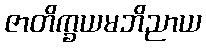
ဇာတိက္ခယမဘိညာယ